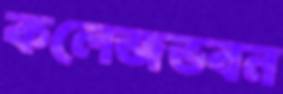
কলেজভবন